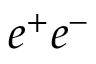
e ^ { + } e ^ { - }